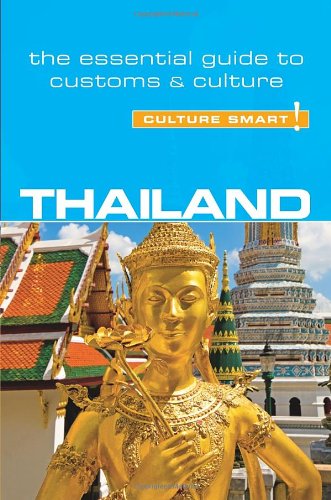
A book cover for Thailand - Culture Smart!: The Essential Guide to Customs & Culture; Roger Jones; Politics & Social Sciences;